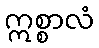
ဣစ္စာလံ